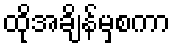
ထိုအချိန်မှစကာ